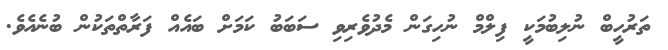
ތަރުހީބް ނުލިބުމަކީ ފިލްމް ނުހިގަން މެދުވެރިވި ސަބަބު ކަމަށް ބައެއް ފަރާތްތަކުން ބުނެއެވެ.